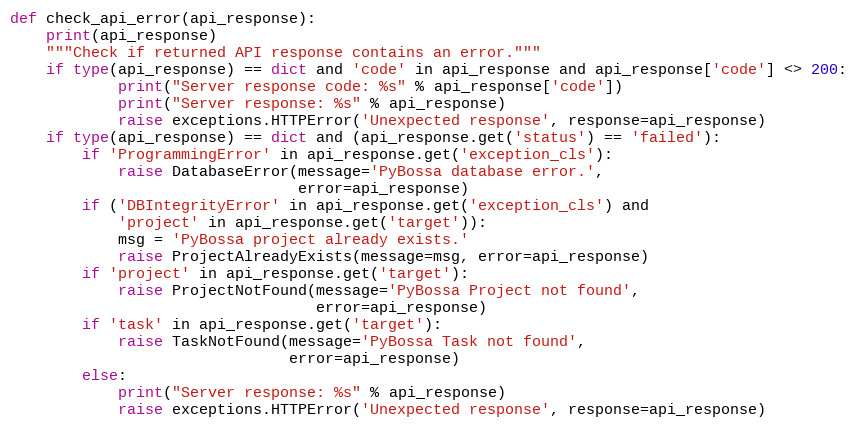
Language: Python
def check_api_error(api_response):
    print(api_response)
    """Check if returned API response contains an error."""
    if type(api_response) == dict and 'code' in api_response and api_response['code'] <> 200:
            print("Server response code: %s" % api_response['code'])
            print("Server response: %s" % api_response)
            raise exceptions.HTTPError('Unexpected response', response=api_response)
    if type(api_response) == dict and (api_response.get('status') == 'failed'):
        if 'ProgrammingError' in api_response.get('exception_cls'):
            raise DatabaseError(message='PyBossa database error.',
                                error=api_response)
        if ('DBIntegrityError' in api_response.get('exception_cls') and
            'project' in api_response.get('target')):
            msg = 'PyBossa project already exists.'
            raise ProjectAlreadyExists(message=msg, error=api_response)
        if 'project' in api_response.get('target'):
            raise ProjectNotFound(message='PyBossa Project not found',
                                  error=api_response)
        if 'task' in api_response.get('target'):
            raise TaskNotFound(message='PyBossa Task not found',
                               error=api_response)
        else:
            print("Server response: %s" % api_response)
            raise exceptions.HTTPError('Unexpected response', response=api_response)